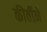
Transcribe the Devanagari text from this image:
कीर्तीने